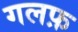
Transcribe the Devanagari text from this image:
गलफ़